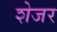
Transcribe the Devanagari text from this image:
शेजर